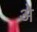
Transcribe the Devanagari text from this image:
अे